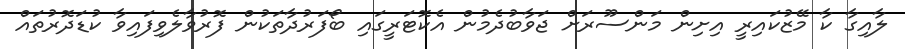
ލާއިގާ ކާ މޭޒުކައިރީ އިށިން މަންސޫރަށް ޖަވާބުދެމުން އެކޮޓަރީގައި ބޯފަރުދާތަކުން ފޮރުވާލެވިފައިވާ ކުޑަދޮރުތައް